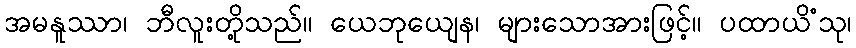
အမနူဿာ၊ ဘီလူးတို့သည်။ ယေဘုယျေန၊ များသောအားဖြင့်။ ပထာယိံသု၊